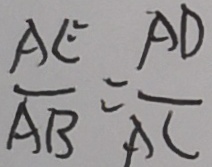
\frac { A E } { A B } = \frac { A D } { A C }